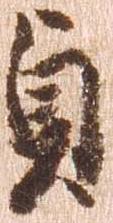
貞